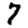
Digit: 7